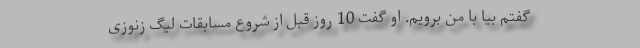
گفتم بیا با من برویم. او گفت 10 روز قبل از شروع مسابقات لیگ زنوزی